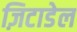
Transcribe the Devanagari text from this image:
ज़िटाडेल